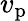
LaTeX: v_{\mathrm{p}}